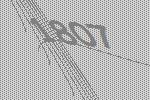
1807